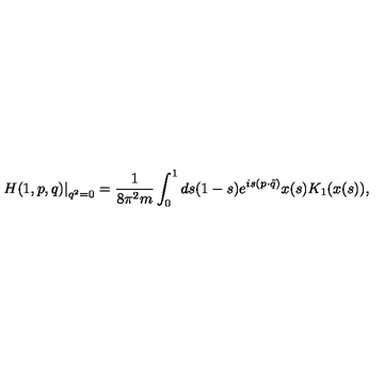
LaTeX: \left. H ( 1 , p , q ) \right| _ { q ^ { 2 } = 0 } = \frac { 1 } { 8 \pi ^ { 2 } m } \int _ { 0 } ^ { 1 } d s ( 1 - s ) e ^ { i s ( p \cdot \tilde { q } ) } x ( s ) K _ { 1 } ( x ( s ) ) ,